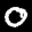
Label: 0